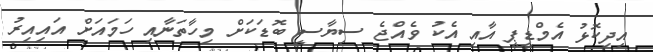
އިދިކޮޅު އެމްޑީޕީ އާއި އެކު ވެއްޖެ ސިޔާސީ ބޮޑަަކަށް މިހާތަނާއި ހަމައަށް އައިއިރު